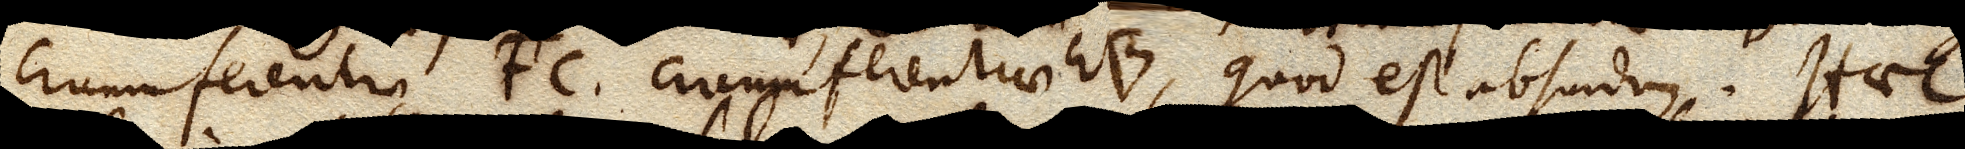
circumferentia FC. circumferentiae EB, quod est absurdum. Haec